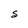
Character: S